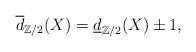
LaTeX: \begin{align*}\overline{d}_{\mathbb{Z}/2}(X)=\underline{d}_{\mathbb{Z}/2}(X)\pm 1,\end{align*}